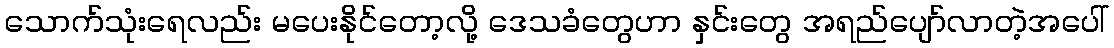
သောက်သုံးရေလည်း မပေးနိုင်တော့လို့ ဒေသခံတွေဟာ နှင်းတွေ အရည်ပျော်လာတဲ့အပေါ်